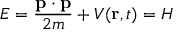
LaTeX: E = { \frac { \mathbf { p } \cdot \mathbf { p } } { 2 m } } + V ( \mathbf { r } , t ) = H